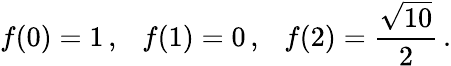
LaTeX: f(0)=1\, ,\ \ \ f(1)=0\, ,\ \ \ f(2)=\frac{\sqrt{10}}{2}\, .